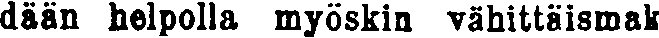
dään helpolla myöskin vähittäismak